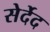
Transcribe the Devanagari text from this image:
सेर्देद